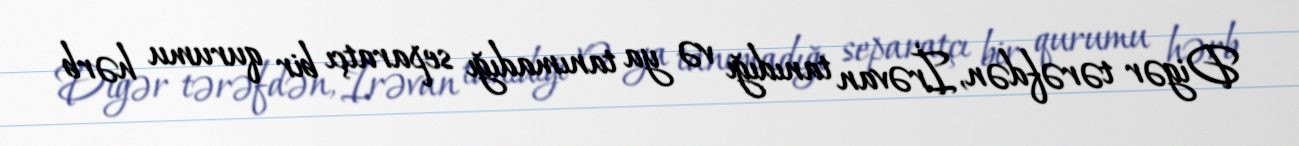
Digər tərəfdən, İrəvan tanıdığı və ya tanımadığı separatçı bir qurumu hərb